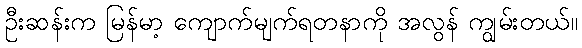
ဦးဆန်းက မြန်မာ့ ကျောက်မျက်ရတနာကို အလွန် ကျွမ်းတယ်။